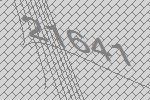
21641